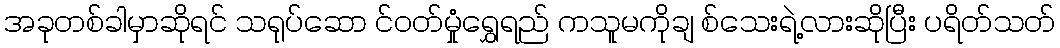
အခုတစ်ခါမှာဆိုရင် သရုပ်ဆော င်ဝတ်မှုံရွှေရည် ကသူမကိုချ စ်သေးရဲ့လားဆိုပြီး ပရိတ်သတ်